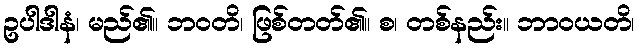
ဥပါဒါနံ၊ မည်၏။ ဘဝတိ၊ ဖြစ်တတ်၏။ စ၊ တစ်နည်း။ ဘာဝယတိ၊